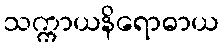
သက္ကာယနိရောဓာယ